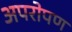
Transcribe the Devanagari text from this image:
अपरोपण